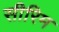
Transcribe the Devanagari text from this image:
सीरिम